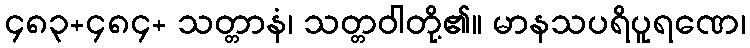
၄၈၃+၄၈၄+ သတ္တာနံ၊ သတ္တဝါတို့၏။ မာနသပရိပူရဏေ၊